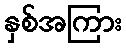
နှစ်အကြား